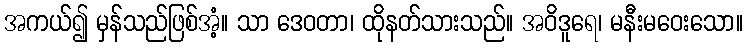
အကယ်၍ မှန်သည်ဖြစ်အံ့။ သာ ဒေဝတာ၊ ထိုနတ်သားသည်။ အဝိဒူရေ၊ မနီးမဝေးသော။